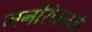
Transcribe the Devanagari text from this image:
मनोरंजनके